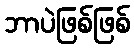
ဘာပဲဖြစ်ဖြစ်